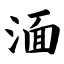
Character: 湎